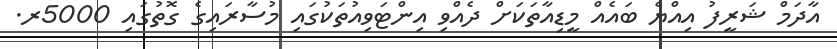
އާދަމް ޝަރީފު އިއްޔެ ބައެއް މީޑިއާތަކަށް ދެއްވި އިންޓަވިއުތަކުގައި މުސާރައިގެ ގޮތުގައި 5000ރ.